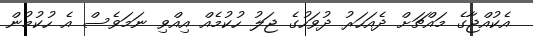
އެކުއްޖާގެ މައްޗަށް ދެއަހަރު ދުވަހުގެ ޖަލު ހުކުމެއް އިއްވި ނަމަވެސް އެ ހުކުމުން